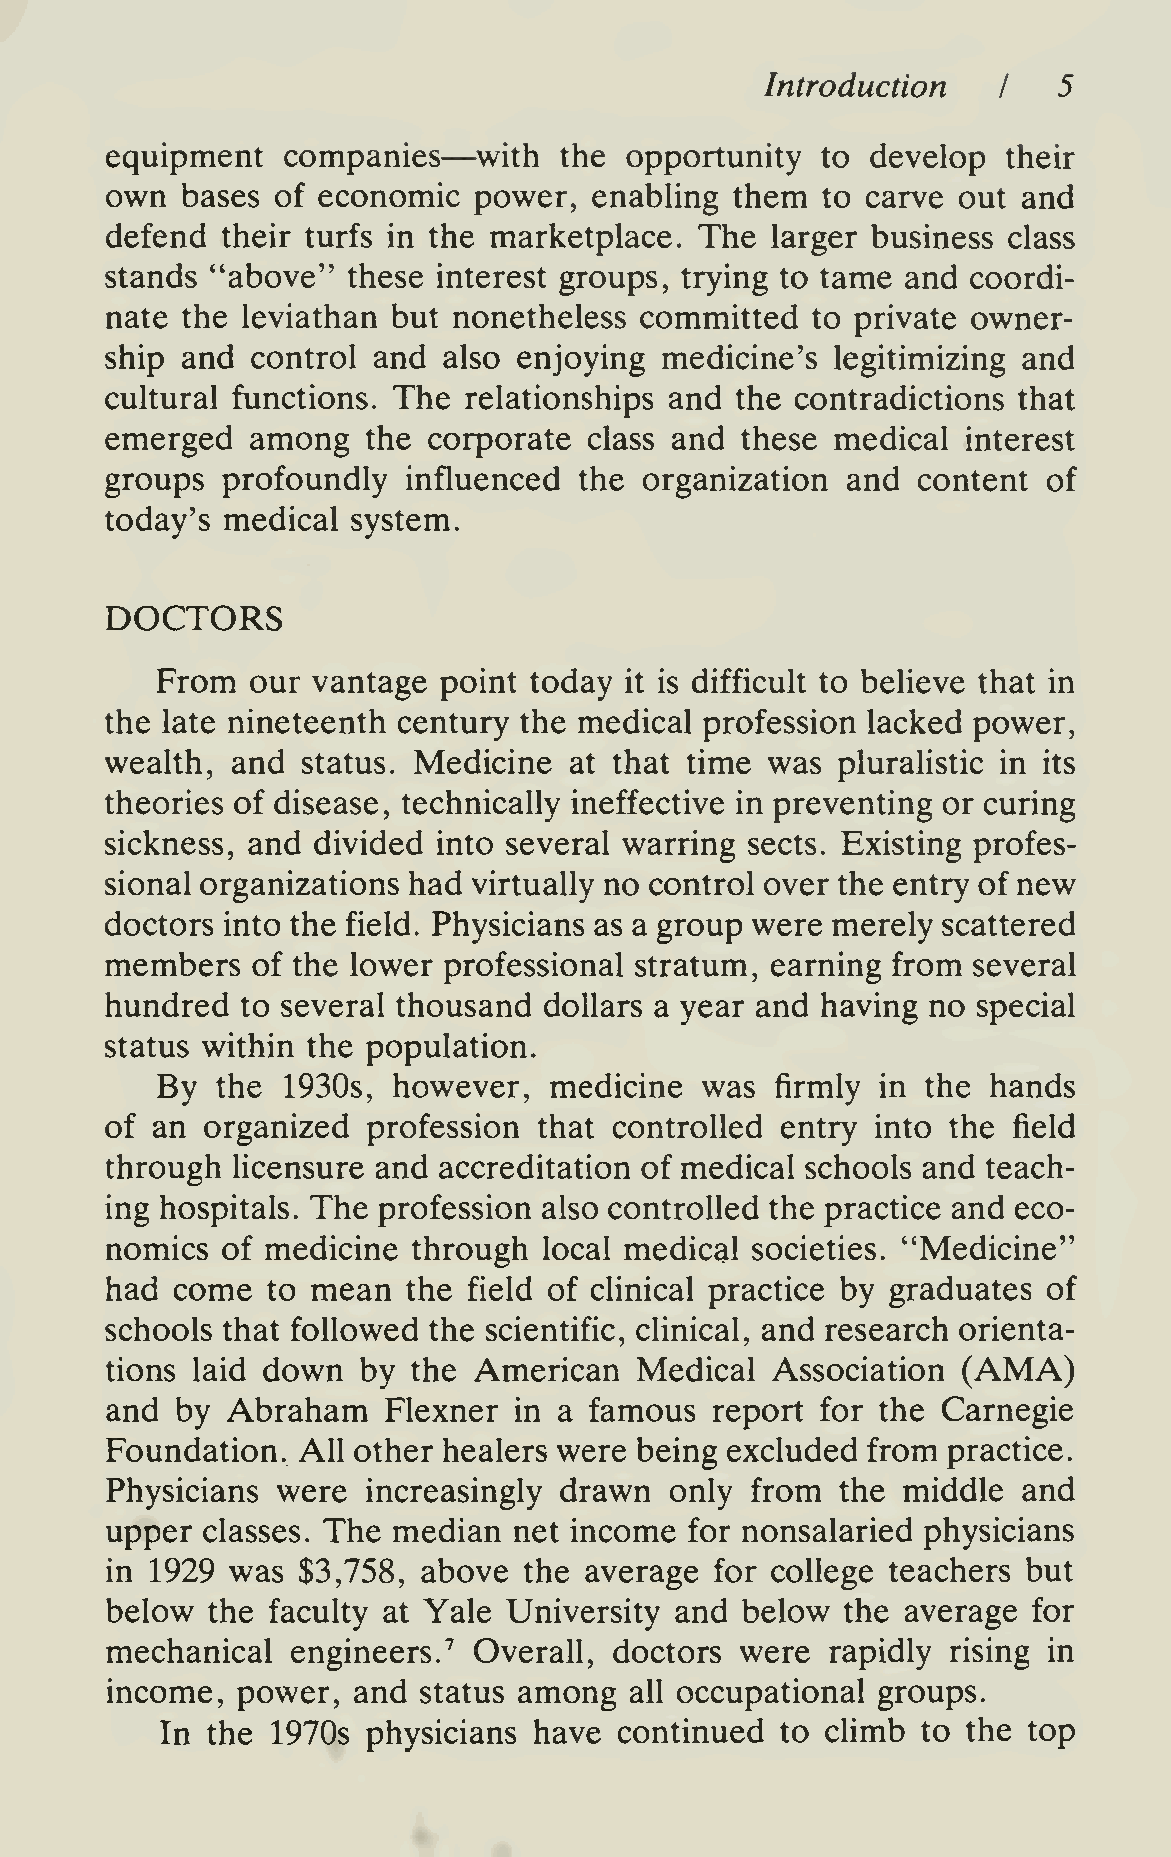
Introduction       5
 I
 —
 equipment   companies    ^with the opportunity to  develop  their
 own  bases of economic  power,  enabhng   them to carve out  and
 defend  their turfs in the marketplace. The larger business class
 stands "above"  these interest groups, trying to tame and coordi-
 nate the leviathan but nonetheless committed   to private owner-
 ship and  control and also enjoying  medicine's legitimizing and
 cultural functions. The relationships and the contradictions that
 emerged   among  the corporate  class and these medical  interest
 groups  profoundly  influenced the  organization and  content of
 today's medical system.
 DOCTORS
 From   our vantage point today it is difficult to beheve that in
 the late nineteenth century the medical profession lacked power,
 wealth, and  status. Medicine  at that time was plurahstic in its
 theories of disease, technically ineffective in preventing or curing
 sickness, and divided into several warring sects. Existing profes-
 sional organizations had virtually no control over the entry of new
 doctors into the field. Physicians as a group were merely scattered
 members   of the lower professional stratum, earning from several
 hundred  to several thousand dollars a year and having no special
 status within the population.
 By  the  1930s, however,  medicine  was  firmly in the  hands
 of an organized  profession  that controlled entry into the field
 through licensure and accreditation of medical schools and teach-
 ing hospitals. The profession also controlled the practice and eco-
 nomics  of medicine through  local medical societies. "Medicine"
 had  come  to mean  the field of clinical practice by graduates of
 schools that followed the scientific, clinical, and research orienta-
 tions laid down  by the American   Medical  Association  (AMA)
 and  by Abraham   Flexner  in a famous  report for the Carnegie
 Foundation.  All other healers were being excluded from practice.
 Physicians were  increasingly drawn  only  from  the middle  and
 upper classes. The median  net income  for nonsalaried physicians
 in 1929 was  $3,758, above  the average for college teachers but
 below  the faculty at Yale University and below  the average for
 mechanical  engineers.  Overall,  doctors were  rapidly rising in
 "^
 income,  power, and  status among  all occupational groups.
 In the 1970s physicians have  continued  to climb to the top